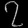
Digit: ၇